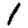
Digit: 1